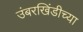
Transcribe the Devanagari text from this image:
उंबरखिंडीच्या